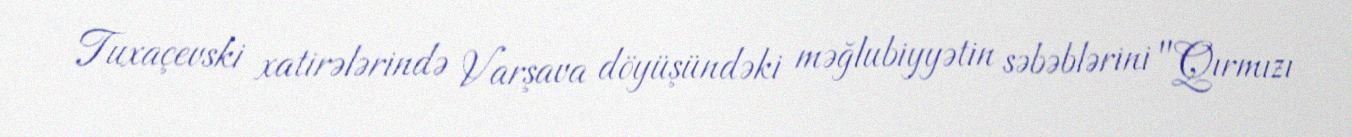
Tuxaçevski xatirələrində Varşava döyüşündəki məğlubiyyətin səbəblərini "Qırmızı